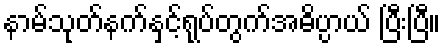
နာမ်သုတ်နက်နှင့်ရုပ်တွက်အဓိပ္ပာယ် ပြီးပြီ။